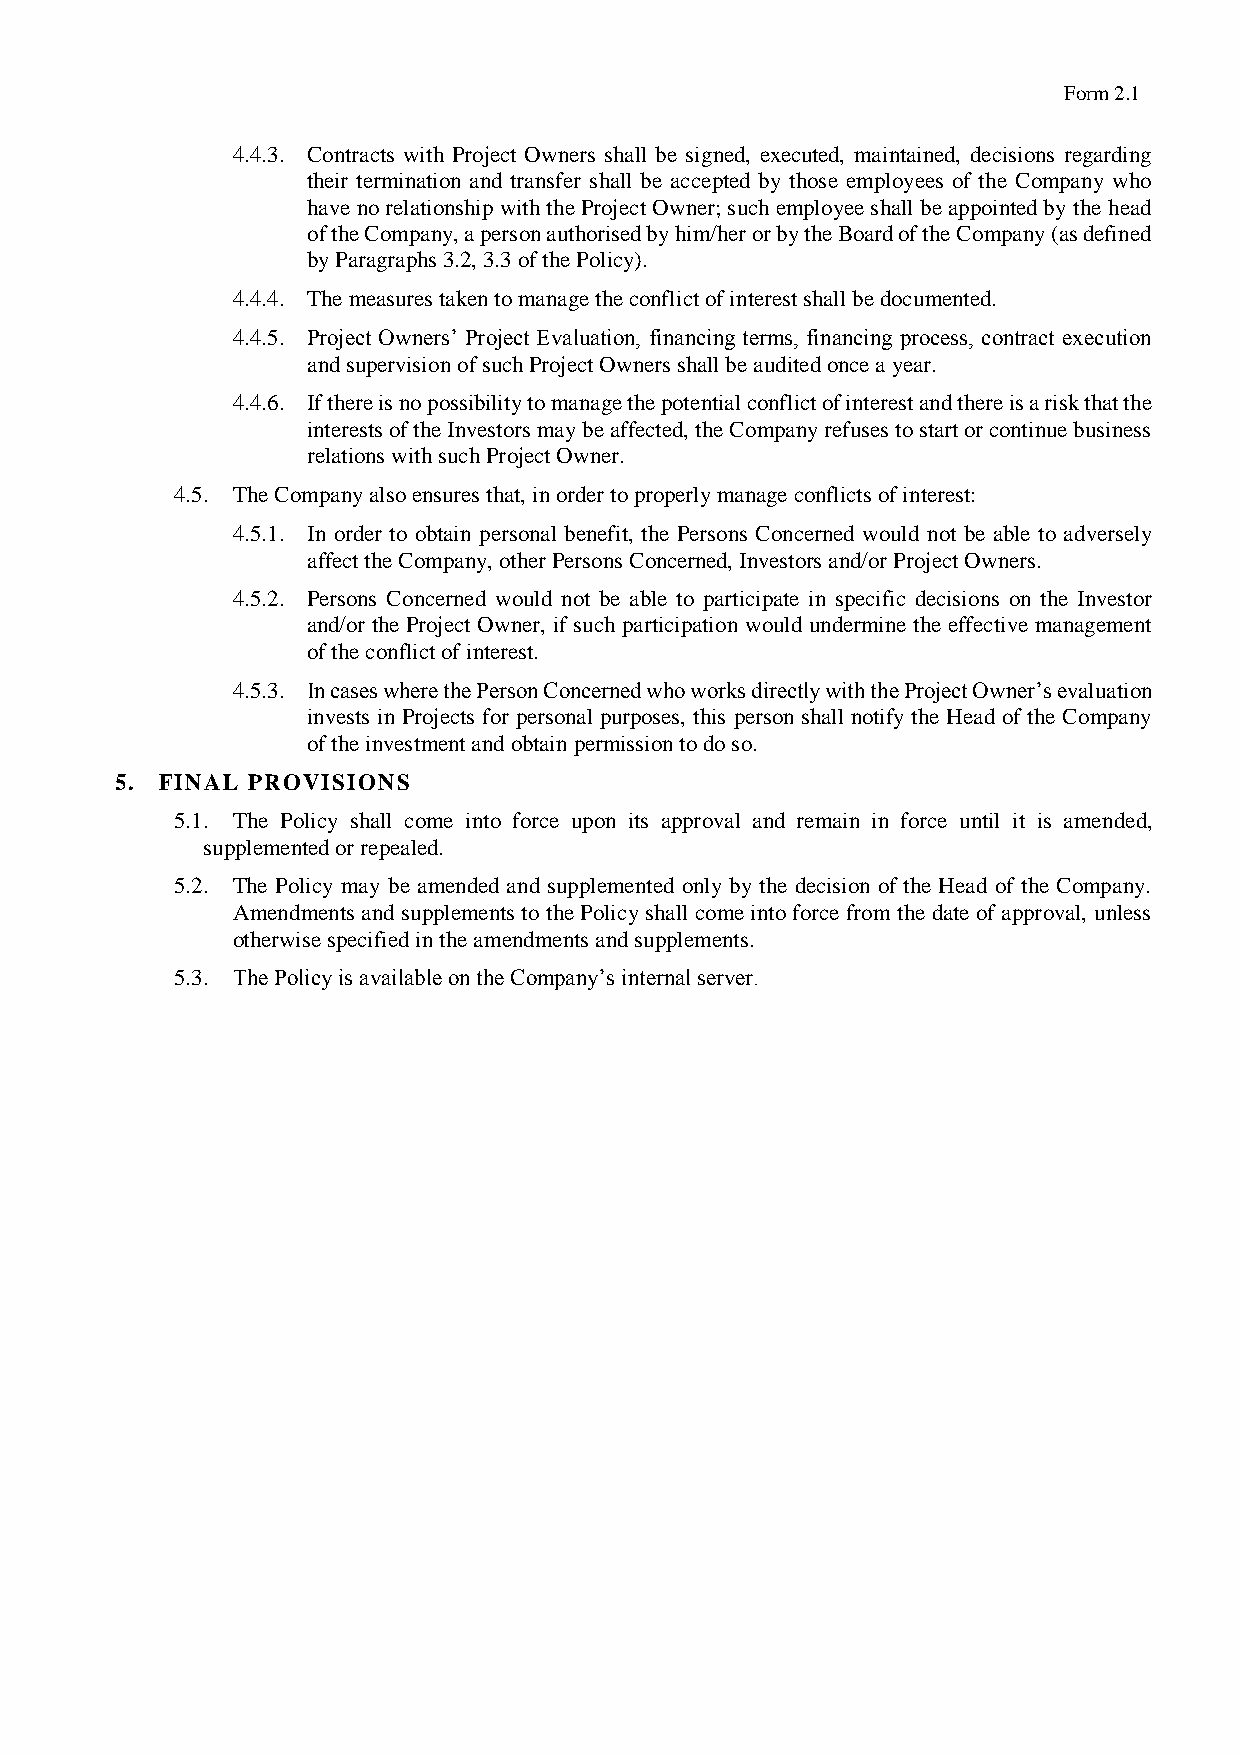
Form 2.1
 4.4.3. Contracts with Project Owners shall be signed, executed, maintained, decisions regarding
 their termination and transfer shall be accepted by those employees of the Company who
 have no relationship with the Project Owner; such employee shall be appointed by the head
 of the Company, a person authorised by him/her or by the Board of the Company (as defined
 by Paragraphs 3.2, 3.3 of the Policy).
 4.4.4. The measures taken to manage the conflict of interest shall be documented.
 4.4.5. Project Owners’ Project Evaluation, financing terms, financing process, contract execution
 and supervision of such Project Owners shall be audited once a year.
 4.4.6. If there is no possibility to manage the potential conflict of interest and there is a risk that the
 interests of the Investors may be affected, the Company refuses to start or continue business
 relations with such Project Owner.
 4.5. The Company also ensures that, in order to properly manage conflicts of interest:
 4.5.1. In order to obtain personal benefit, the Persons Concerned would not be able to adversely
 affect the Company, other Persons Concerned, Investors and/or Project Owners.
 4.5.2. Persons Concerned would not be able to participate in specific decisions on the Investor
 and/or the Project Owner, if such participation would undermine the effective management
 of the conflict of interest.
 4.5.3. In cases where the Person Concerned who works directly with the Project Owner’s evaluation
 invests in Projects for personal purposes, this person shall notify the Head of the Company
 of the investment and obtain permission to do so.
 5. FINAL PROVISIONS
 5.1. The Policy shall come into force upon its approval and remain in force until it is amended,
 supplemented or repealed.
 5.2. The Policy may be amended and supplemented only by the decision of the Head of the Company.
 Amendments and supplements to the Policy shall come into force from the date of approval, unless
 otherwise specified in the amendments and supplements.
 5.3. The Policy is available on the Company’s internal server.